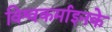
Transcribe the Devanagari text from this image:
विश्वकर्माइनके